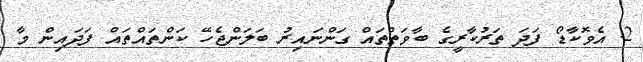
2. އެވޮކާޑޯ ފަދަ ތަރުކާރީގެ ބާވަތްތައް ގަންނައިރު ބަލަންޖެހޭ ކަންތައްތައް ފަދައިން މާ